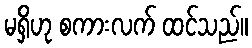
မရှိဟု စကားလက် ထင်သည်။